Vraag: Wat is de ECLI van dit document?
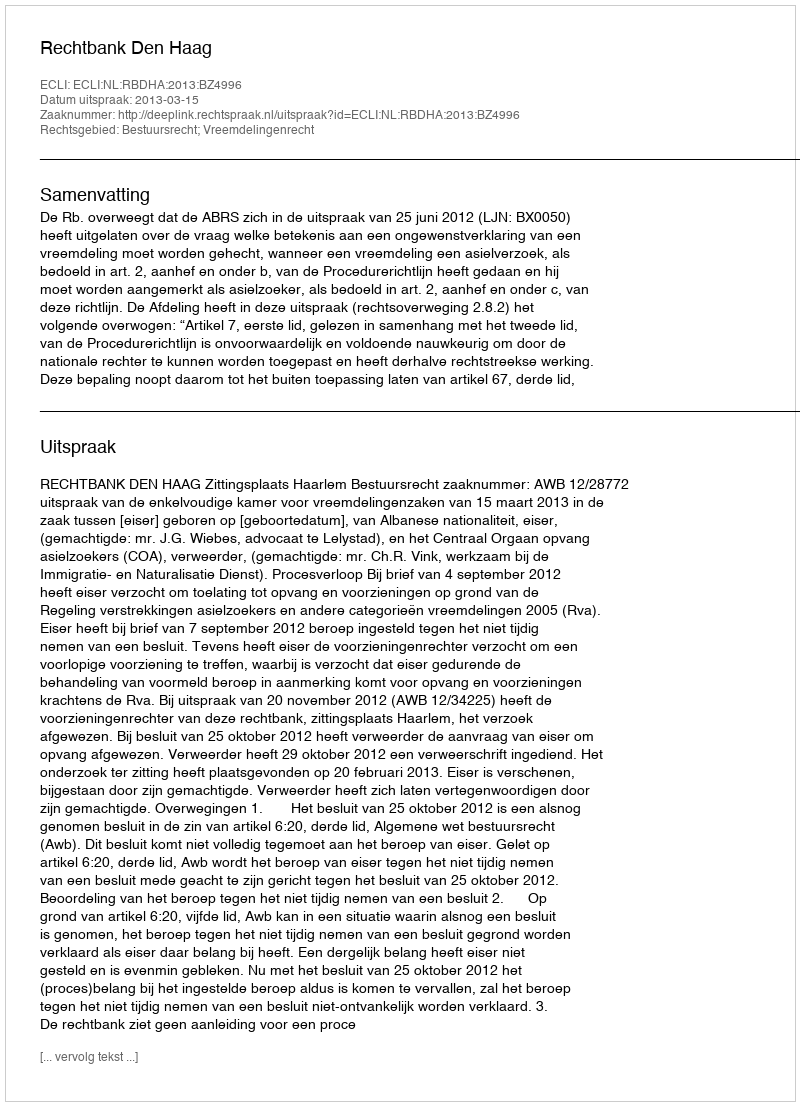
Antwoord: ECLI:NL:RBDHA:2013:BZ4996